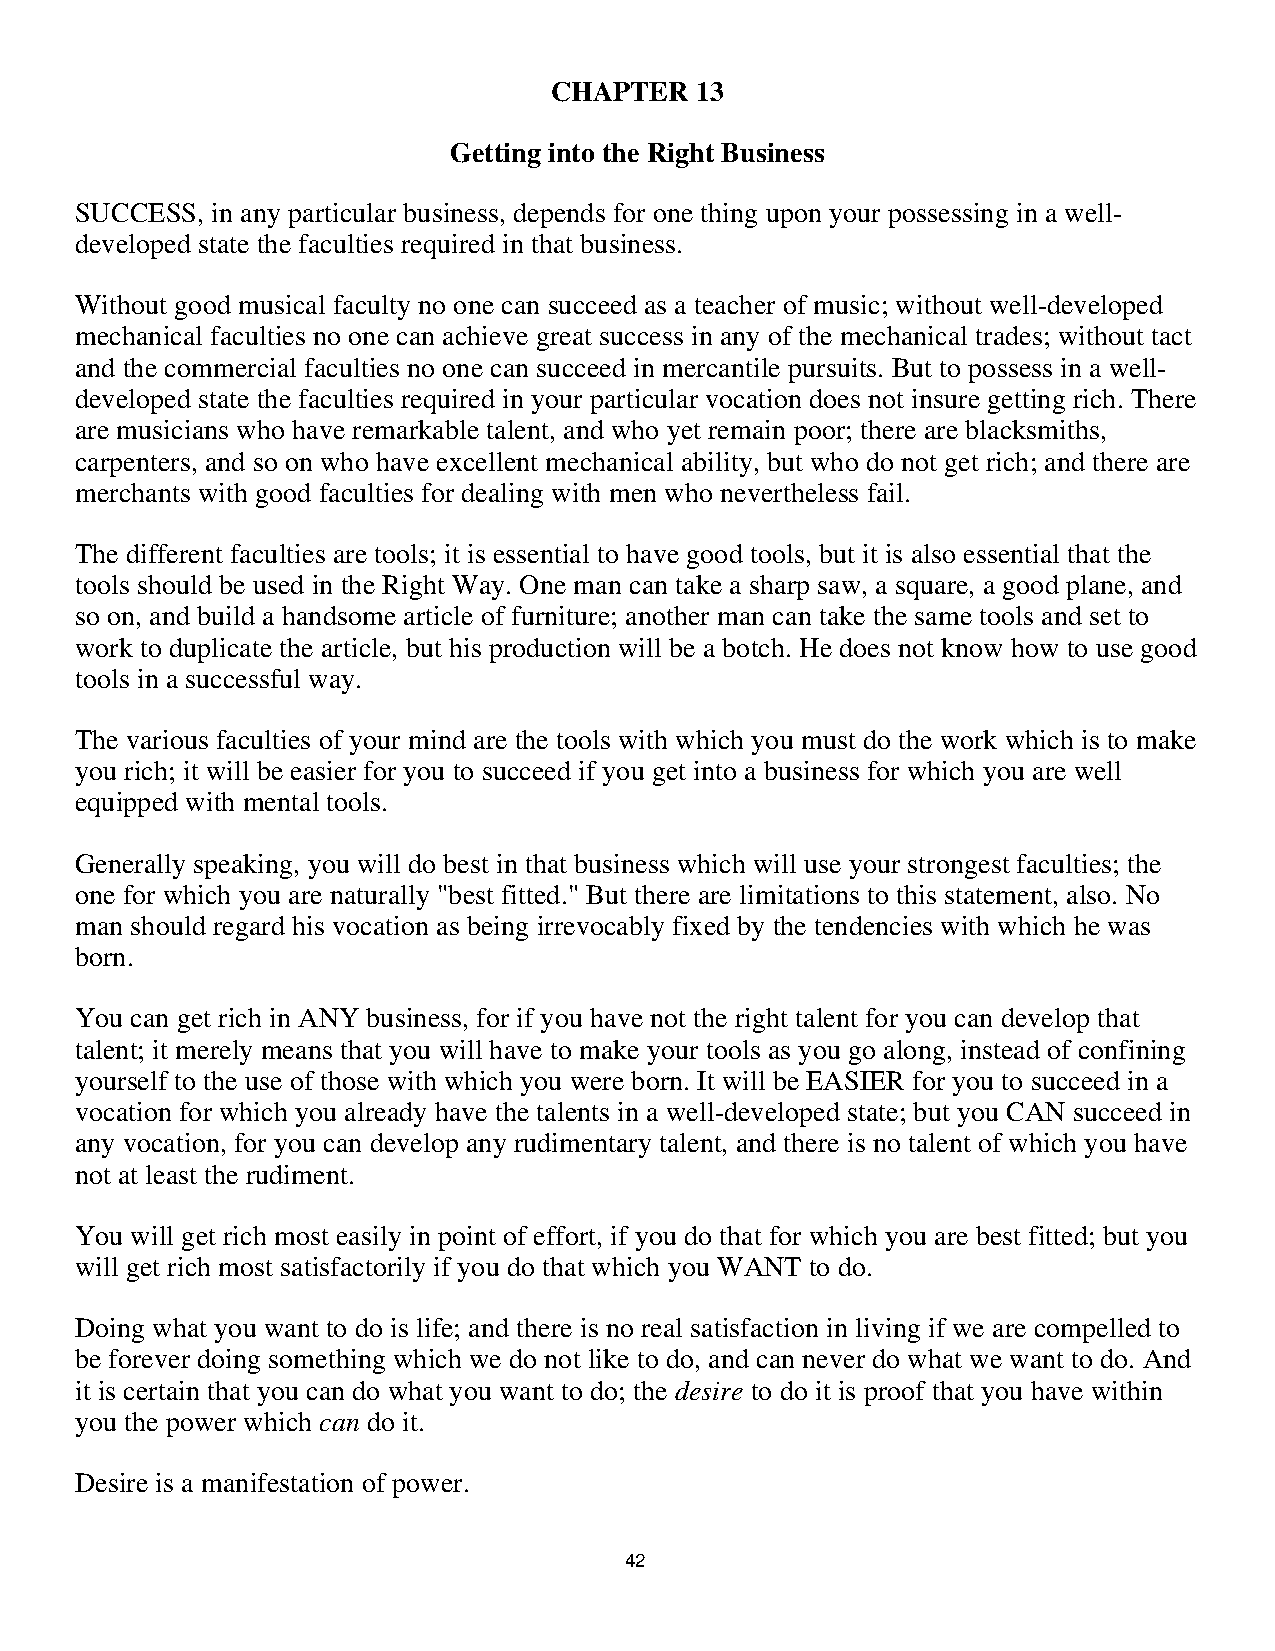
CHAPTER   13
 Getting into the Right Business
 SUCCESS, in any particular business, depends for one thing upon your possessing in a well-
 developed state the faculties required in that business.
 Without good musical faculty no one can succeed as a teacher of music; without well-developed
 mechanical faculties no one can achieve great success in any of the mechanical trades; without tact
 and the commercial faculties no one can succeed in mercantile pursuits. But to possess in a well-
 developed state the faculties required in your particular vocation does not insure getting rich. There
 are musicians who have remarkable talent, and who yet remain poor; there are blacksmiths,
 carpenters, and so on who have excellent mechanical ability, but who do not get rich; and there are
 merchants with good faculties for dealing with men who nevertheless fail.
 The different faculties are tools; it is essential to have good tools, but it is also essential that the
 tools should be used in the Right Way. One man can take a sharp saw, a square, a good plane, and
 so on, and build a handsome article of furniture; another man can take the same tools and set to
 work to duplicate the article, but his production will be a botch. He does not know how to use good
 tools in a successful way.
 The various faculties of your mind are the tools with which you must do the work which is to make
 you rich; it will be easier for you to succeed if you get into a business for which you are well
 equipped with mental tools.
 Generally speaking, you will do best in that business which will use your strongest faculties; the
 one for which you are naturally "best fitted." But there are limitations to this statement, also. No
 man should regard his vocation as being irrevocably fixed by the tendencies with which he was
 born.
 You can get rich in ANY business, for if you have not the right talent for you can develop that
 talent; it merely means that you will have to make your tools as you go along, instead of confining
 yourself to the use of those with which you were born. It will be EASIER for you to succeed in a
 vocation for which you already have the talents in a well-developed state; but you CAN succeed in
 any vocation, for you can develop any rudimentary talent, and there is no talent of which you have
 not at least the rudiment.
 You will get rich most easily in point of effort, if you do that for which you are best fitted; but you
 will get rich most satisfactorily if you do that which you WANT to do.
 Doing what you want to do is life; and there is no real satisfaction in living if we are compelled to
 be forever doing something which we do not like to do, and can never do what we want to do. And
 it is certain that you can do what you want to do; the desire to do it is proof that you have within
 you the power which can do it.
 Desire is a manifestation of power.
 4422